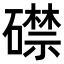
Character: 𥖜